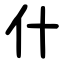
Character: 什